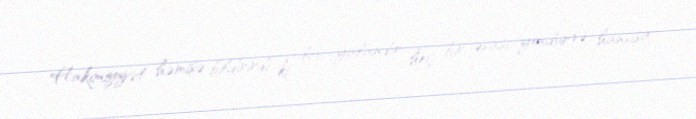
Hakimiyyət həmişə bildirirdi ki, bu yalandır, heç bir əsası yoxdur və hansısa